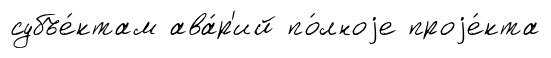
субъе́ктам ава́р'ий по́лноjе проjе́кта